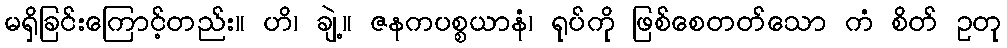
မရှိခြင်းကြောင့်တည်း။ ဟိ၊ ချဲ့။ ဇနကပစ္စယာနံ၊ ရုပ်ကို ဖြစ်စေတတ်သော ကံ စိတ် ဥတု